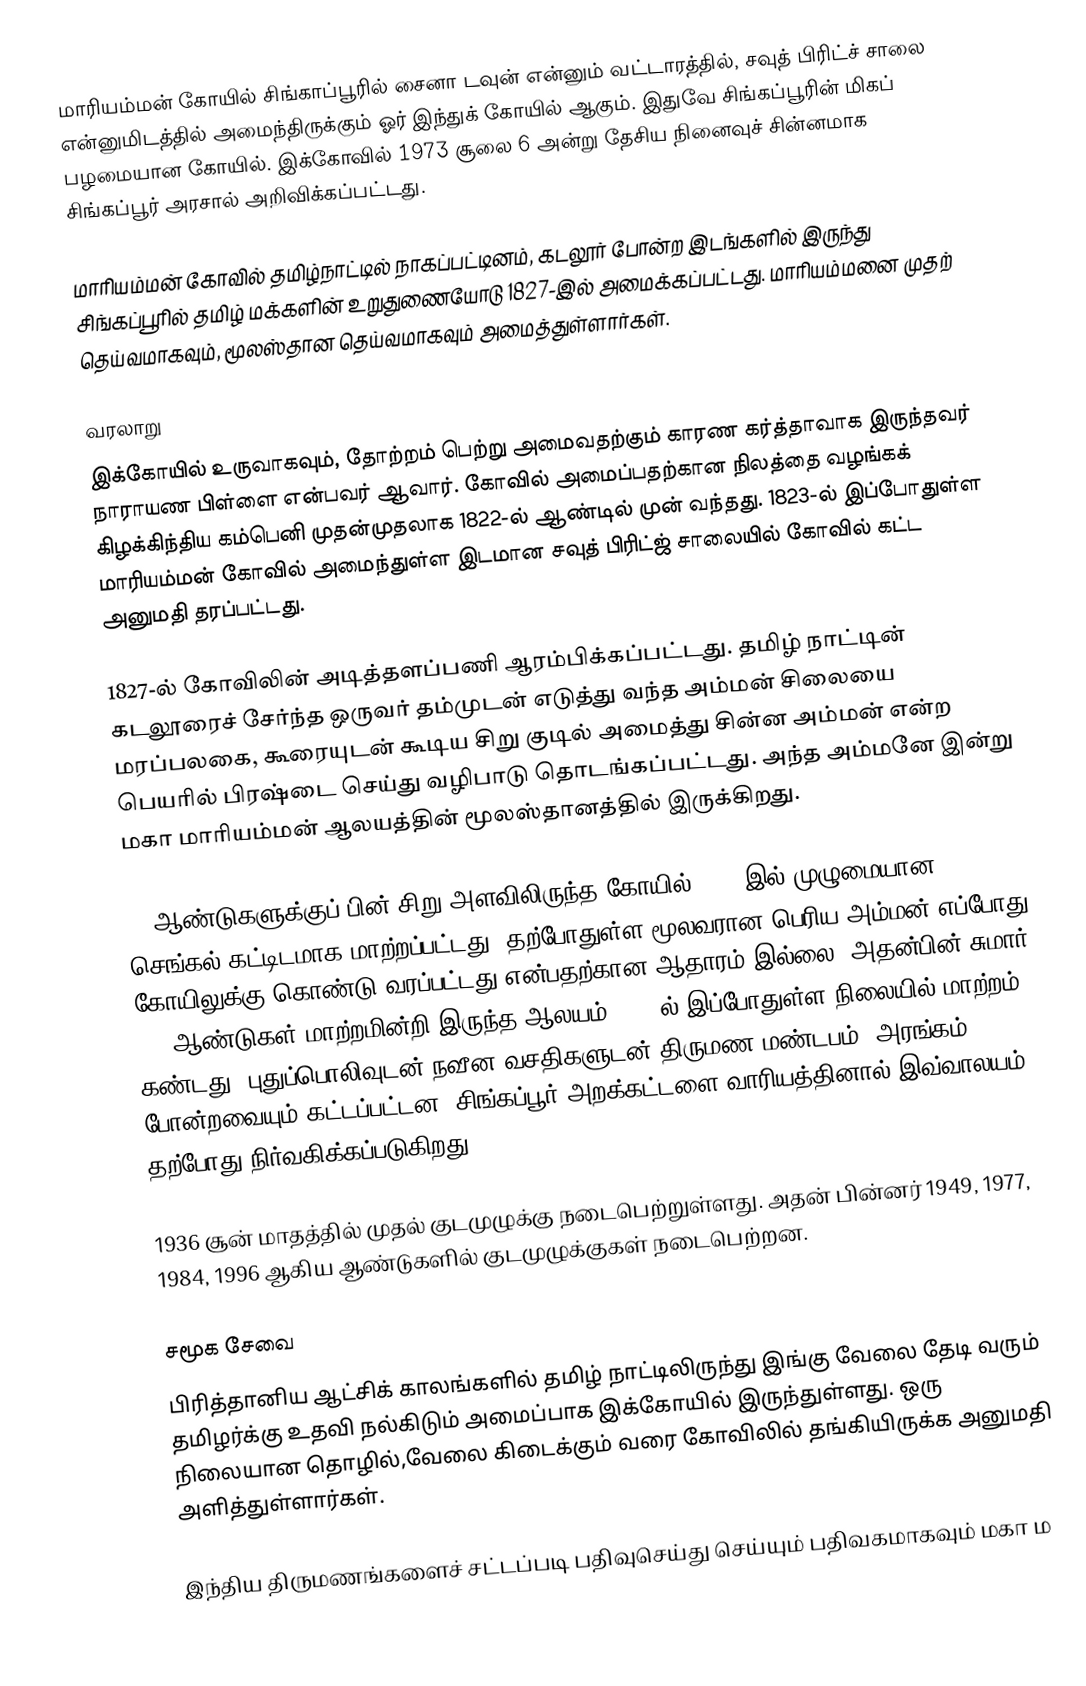
மாரியம்மன் கோயில் சிங்காப்பூரில் சைனா டவுன் என்னும் வட்டாரத்தில், சவுத் பிரிட்ச் சாலை என்னுமிடத்தில் அமைந்திருக்கும் ஓர் இந்துக் கோயில் ஆகும். இதுவே சிங்கப்பூரின் மிகப் பழமையான கோயில். இக்கோவில் 1973 சூலை 6 அன்று தேசிய நினைவுச் சின்னமாக சிங்கப்பூர் அரசால் அறிவிக்கப்பட்டது.

மாரியம்மன் கோவில் தமிழ்நாட்டில் நாகப்பட்டினம், கடலூர் போன்ற இடங்களில் இருந்து சிங்கப்பூரில் தமிழ் மக்களின் உறுதுணையோடு 1827-இல் அமைக்கப்பட்டது. மாரியம்மனை முதற் தெய்வமாகவும், மூலஸ்தான தெய்வமாகவும் அமைத்துள்ளார்கள்.

வரலாறு
இக்கோயில் உருவாகவும், தோற்றம் பெற்று அமைவதற்கும் காரண கர்த்தாவாக இருந்தவர் நாராயண பிள்ளை என்பவர் ஆவார். கோவில் அமைப்பதற்கான நிலத்தை வழங்கக் கிழக்கிந்திய கம்பெனி முதன்முதலாக 1822-ல் ஆண்டில் முன் வந்தது. 1823-ல் இப்போதுள்ள மாரியம்மன் கோவில் அமைந்துள்ள இடமான சவுத் பிரிட்ஜ் சாலையில் கோவில் கட்ட அனுமதி தரப்பட்டது.

1827-ல் கோவிலின் அடித்தளப்பணி ஆரம்பிக்கப்பட்டது. தமிழ் நாட்டின் கடலூரைச் சேர்ந்த ஒருவர் தம்முடன் எடுத்து வந்த அம்மன் சிலையை மரப்பலகை, கூரையுடன் கூடிய சிறு குடில் அமைத்து சின்ன அம்மன் என்ற பெயரில் பிரஷ்டை செய்து வழிபாடு தொடங்கப்பட்டது. அந்த அம்மனே இன்று  மகா மாரியம்மன் ஆலயத்தின் மூலஸ்தானத்தில் இருக்கிறது.

16 ஆண்டுகளுக்குப் பின் சிறு அளவிலிருந்த கோயில் 1862-இல் முழுமையான செங்கல் கட்டிடமாக மாற்றப்பட்டது. தற்போதுள்ள மூலவரான பெரிய அம்மன் எப்போது கோயிலுக்கு கொண்டு வரப்பட்டது என்பதற்கான ஆதாரம் இல்லை. அதன்பின் சுமார் 100 ஆண்டுகள் மாற்றமின்றி இருந்த ஆலயம்,1962–ல் இப்போதுள்ள நிலையில் மாற்றம் கண்டது. புதுப்பொலிவுடன் நவீன வசதிகளுடன் திருமண மண்டபம், அரங்கம் போன்றவையும் கட்டப்பட்டன. சிங்கப்பூர் அறக்கட்டளை வாரியத்தினால் இவ்வாலயம் தற்போது நிர்வகிக்கப்படுகிறது.

1936 சூன் மாதத்தில் முதல் குடமுழுக்கு நடைபெற்றுள்ளது. அதன் பின்னர் 1949, 1977, 1984, 1996 ஆகிய ஆண்டுகளில் குடமுழுக்குகள் நடைபெற்றன.

சமூக சேவை
பிரித்தானிய ஆட்சிக் காலங்களில் தமிழ் நாட்டிலிருந்து இங்கு வேலை தேடி வரும் தமிழர்க்கு உதவி நல்கிடும் அமைப்பாக இக்கோயில் இருந்துள்ளது. ஒரு நிலையான தொழில்,வேலை கிடைக்கும் வரை கோவிலில் தங்கியிருக்க அனுமதி அளித்துள்ளார்கள்.

இந்திய திருமணங்களைச் சட்டப்படி பதிவுசெய்து செய்யும் பதிவகமாகவும் மகா ம